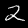
Digit: 2